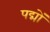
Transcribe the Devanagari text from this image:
पद्मों